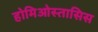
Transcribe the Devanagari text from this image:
होमिओस्तासिस